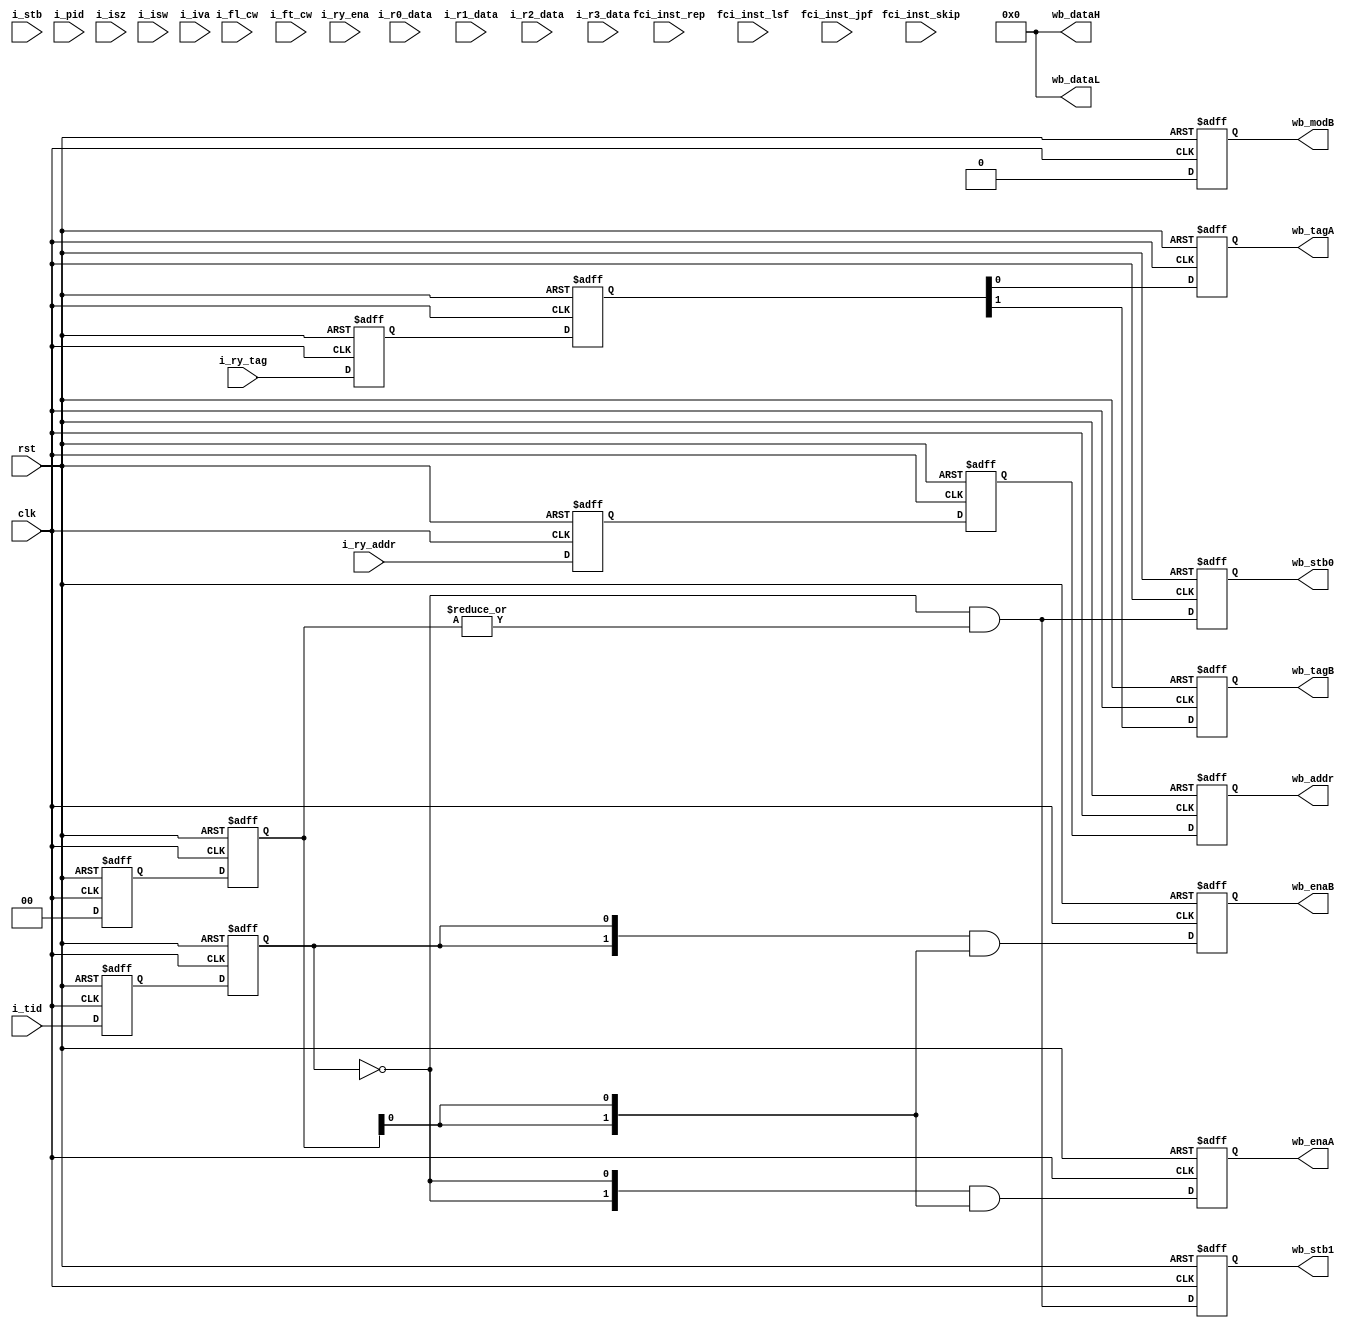
//==============================================================================================
//    Main contributors
//      - Adam Luczak         <mailto:adam.luczak@outlook.com>
//==============================================================================================
`default_nettype none
//----------------------------------------------------------------------------------------------
`timescale 1ns / 1ns                            
//==============================================================================================
module eco32_core_fpu_box
(
 input  wire            clk,
 input  wire            rst,   

 // input port from IDU
 
 input  wire            i_stb,
 input  wire            i_tid,
 input  wire     [1:0]  i_pid,
 input  wire     [1:0]  i_isz,
 input  wire    [15:0]  i_isw,
 input  wire    [31:0]  i_iva,
 
 // LSU control word
 
 input  wire     [5:0]  i_fl_cw,
 input  wire     [6:0]  i_ft_cw,
 
 // src data 
 
 input  wire    [31:0]  i_r0_data, // Ra | PC
 input  wire    [31:0]  i_r1_data, // Rb | Offset
 input  wire    [31:0]  i_r2_data, // Rc | Ac
 input  wire    [31:0]  i_r3_data, // -- | Bc
 
 // destination address
 
 input  wire     [1:0]  i_ry_ena,
 input  wire     [4:0]  i_ry_addr,
 input  wire     [1:0]  i_ry_tag,
 
 // conditiona code
 
 input  wire            fci_inst_rep,
 input  wire            fci_inst_skip,
 input  wire            fci_inst_lsf,
 input  wire            fci_inst_jpf,
 
 // write back from cache
 
 output wire            wb_stb0,    
 output wire            wb_stb1,    
                                
 output wire     [1:0]  wb_enaA,             
 output wire            wb_tagA,             
                                             
 output wire     [1:0]  wb_enaB,             
 output wire            wb_tagB,             
 output wire            wb_modB,             
                                            
 output wire     [4:0]  wb_addr,            
 output wire    [31:0]  wb_dataL,
 output wire    [31:0]  wb_dataH
);      
//==============================================================================================
// parameters
//==============================================================================================

//==============================================================================================
// variables
//==============================================================================================
reg             a0_stb;
reg             a0_tid;
reg      [1:0]  a0_pid;
reg     [15:0]  a0_isw;
reg      [1:0]  a0_isz;
reg     [31:0]  a0_iva;

reg      [1:0]  a0_ry_ena;
reg      [4:0]  a0_ry_addr;
reg      [1:0]  a0_ry_tag;
//----------------------------------------------------------------------------------------------
reg             b1_stb;
reg             b1_tid;
reg      [1:0]  b1_pid;
reg     [15:0]  b1_isw;
reg      [1:0]  b1_isz;
reg     [31:0]  b1_iva;

reg      [1:0]  b1_ry_ena;
reg      [4:0]  b1_ry_addr;
reg      [1:0]  b1_ry_tag;
//----------------------------------------------------------------------------------------------
reg             a2_stb;
reg             a2_tid;
reg      [1:0]  a2_pid;
reg     [15:0]  a2_isw;
reg      [1:0]  a2_isz;
reg     [31:0]  a2_iva;

reg             a2_ry_stb0;
reg             a2_ry_stb1;
reg      [1:0]  a2_ry_enaA;
reg             a2_ry_tagA;
                           
reg      [1:0]  a2_ry_enaB;
reg             a2_ry_modB;
reg             a2_ry_tagB;
                                                                                                                                                                             
reg      [4:0]  a2_ry_addr;
//----------------------------------------------------------------------------------------------
wire           f_inst_cancel =                                    fci_inst_rep || fci_inst_skip;
//==============================================================================================
// stage (a)0
//==============================================================================================
always@(posedge clk or posedge rst)
 if(rst) 
  begin
    a0_stb                  <=                                                             1'b0;
    a0_tid                  <=                                                             1'b0;
    a0_pid                  <=                                                             2'b0;
    a0_isw                  <=                                                            16'b0;        
    a0_isz                  <=                                                             2'b0;        
    a0_iva                  <=                                                            32'b0;        
    
    a0_ry_ena               <=                                                             2'd0;
    a0_ry_addr              <=                                                             5'd0;
    a0_ry_tag               <=                                                             2'd0;
  end
 else
  begin                                                 
    a0_stb                  <=            !f_inst_cancel && (i_fl_cw[0] || i_fl_cw[0]) && i_stb;
    a0_tid                  <=                                                            i_tid;
    a0_pid                  <=                                                            i_pid;
    a0_isw                  <=                                                            i_isw;        
    a0_isz                  <=                                                            i_isz;        
    a0_iva                  <=                                                            i_iva;        
    
// .... product Ry path ........................................................................
       
    a0_ry_ena               <=                                                         2'd0;//i_ry_ena;
    a0_ry_addr              <=                                                        i_ry_addr;
    a0_ry_tag               <=                                                         i_ry_tag;
    
// .............................................................................................
  end
//==============================================================================================
// stage (b)1
//==============================================================================================
always@(posedge clk or posedge rst)
 if(rst) 
  begin
    b1_stb                  <=                                                             1'b0;
    b1_tid                  <=                                                             1'b0;
    b1_pid                  <=                                                             2'b0;
    b1_isw                  <=                                                            16'b0;        
    b1_isz                  <=                                                             2'b0;        
    b1_iva                  <=                                                            32'b0;        
    
    b1_ry_ena               <=                                                             2'd0;
    b1_ry_addr              <=                                                             5'd0;
    b1_ry_tag               <=                                                             2'd0;
  end
 else
  begin                                                 
    b1_stb                  <=                                          !fci_inst_lsf && a0_stb;
    b1_tid                  <=                                                           a0_tid;
    b1_pid                  <=                                                           a0_pid;
    b1_isw                  <=                                                           a0_isw;        
    b1_isz                  <=                                                           a0_isz;        
    b1_iva                  <=                                                           a0_iva;        
    
// .... product Ry path ........................................................................
       
    b1_ry_ena               <=                                                        a0_ry_ena;
    b1_ry_addr              <=                                                       a0_ry_addr;
    b1_ry_tag               <=                                                        a0_ry_tag;
    
// .............................................................................................
  end
//==============================================================================================
// stage (a)2
//==============================================================================================
always@(posedge clk or posedge rst)
 if(rst) 
  begin
    a2_stb                  <=                                                             1'b0;
    a2_tid                  <=                                                             1'b0;
    a2_pid                  <=                                                             2'b0;
    a2_isw                  <=                                                            16'b0;        
    a2_isz                  <=                                                             2'b0;        
    a2_iva                  <=                                                            32'b0;        
    
    a2_ry_stb0              <=                                                             1'b0;
    a2_ry_stb1              <=                                                             1'b0;
    a2_ry_enaA              <=                                                             2'd0;
    a2_ry_tagA              <=                                                             1'd0;
    a2_ry_enaB              <=                                                             2'd0;
    a2_ry_modB              <=                                                             1'd0;
    a2_ry_tagB              <=                                                             1'd0;
    a2_ry_addr              <=                                                             5'd0;
  end
 else
  begin                                                 
    a2_stb                  <=                                                           b1_stb;
    a2_tid                  <=                                                           b1_tid;
    a2_pid                  <=                                                           b1_pid;
    a2_isw                  <=                                                           b1_isw;        
    a2_isz                  <=                                                           b1_isz;        
    a2_iva                  <=                                                           b1_iva;        
    
// .... product Ry path ........................................................................
       
    a2_ry_stb0                  <=                                       !b1_tid & (|b1_ry_ena);
    a2_ry_stb1                  <=                                       !b1_tid & (|b1_ry_ena);

    a2_ry_addr                  <=                                                   b1_ry_addr;
    
    a2_ry_enaA                  <=                             {2{!b1_tid}} & {2{b1_ry_ena[0]}};
    a2_ry_tagA                  <=                                                 b1_ry_tag[0];
    
    
    a2_ry_enaB                  <=                             {2{ b1_tid}} & {2{b1_ry_ena[0]}};       
    a2_ry_modB                  <=                                                         1'b0;
    a2_ry_tagB                  <=                                                 b1_ry_tag[1];
    
// .............................................................................................
  end
//==============================================================================================
// write back
//==============================================================================================
assign  wb_stb0              =                                                       a2_ry_stb0; 
assign  wb_stb1              =                                                       a2_ry_stb1; 

assign  wb_enaA              =                                                       a2_ry_enaA; 
assign  wb_tagA              =                                                       a2_ry_tagA;

assign  wb_enaB              =                                                       a2_ry_enaB; 
assign  wb_modB              =                                                       a2_ry_modB;
assign  wb_tagB              =                                                       a2_ry_tagB;

assign  wb_addr              =                                                       a2_ry_addr; 
assign  wb_dataL             =                                                            32'd0;
assign  wb_dataH             =                                                            32'd0;
//==============================================================================================     
endmodule